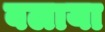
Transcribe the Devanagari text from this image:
बलाया